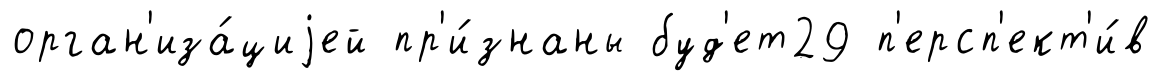
орган'иза́циjей пр'и́знаны буд'ет29 п'ерсп'ект'и́в